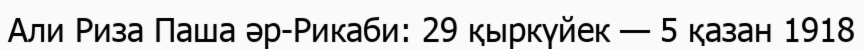
Али Риза Паша әр-Рикаби: 29 қыркүйек — 5 қазан 1918